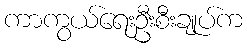
ကာကွယ်ရေးဦးစီးချုပ်က